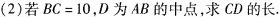
(2)若$$B C = 1 0$$，D为AB的中点，求CD的长.